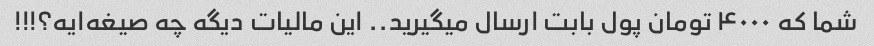
شما که ۴۰۰۰ تومان پول بابت ارسال میگیرید.. این مالیات دیگه چه صیغه‌ایه؟!!!